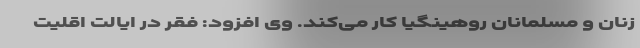
زنان و مسلمانان روهینگیا کار می‌کند. وی افزود: فقر در ایالت اقلیت